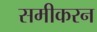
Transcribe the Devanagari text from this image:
समीकरन